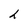
Character: h